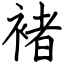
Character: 褚